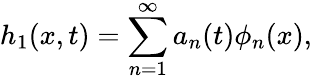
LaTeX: h_{1}(x,t)=\sum_{n=1}^{\infty}a_{n}(t)\phi_{n}(x),